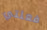
فعلتي